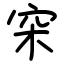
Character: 穼